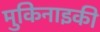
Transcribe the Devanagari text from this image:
मुकिनाइकी